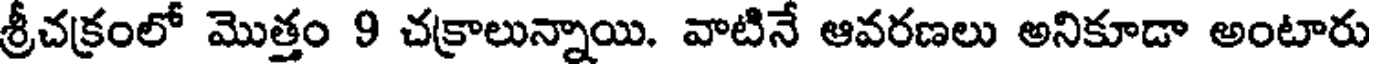
శ్రీచక్రంలో మొత్తం 9 చక్రాలున్నాయి. వాటినే ఆవరణలు అనికూడా అంటారు